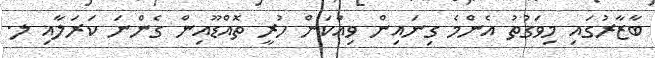
ބާޒާރުގައި މިވަގުތު އެންމެ ގިނައިން ވިއްކަން ހުރީ ތޮއްޑޫއިން ގެންނަ ކަރަލާއި ލ.